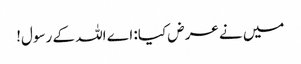
میں نے عرض کیا: اے اللہ کے رسول!